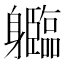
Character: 𲄱